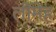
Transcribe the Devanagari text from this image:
लीमेह